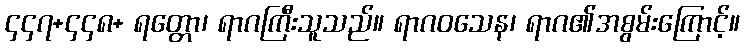
၄၄၇+၄၄၈+ ရတ္တော၊ ရာဂကြီးသူသည်။ ရာဂဝသေန၊ ရာဂ၏အစွမ်းကြောင့်။